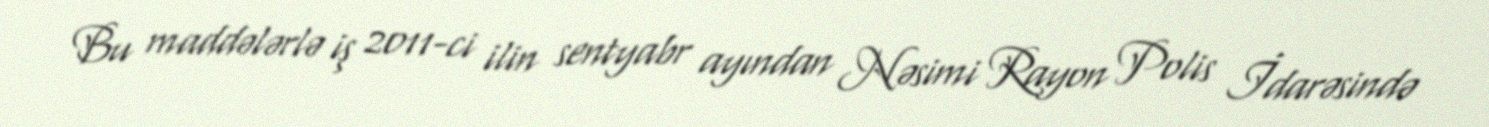
Bu maddələrlə iş 2011-ci ilin sentyabr ayından Nəsimi Rayon Polis İdarəsində